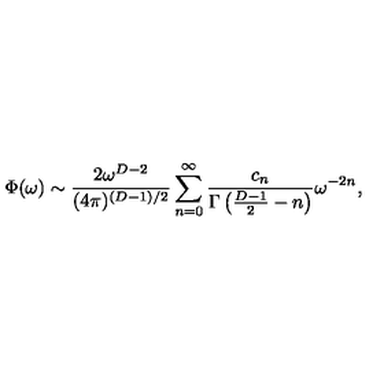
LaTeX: \Phi ( \omega ) \sim { \frac { 2 \omega ^ { D - 2 } } { ( 4 \pi ) ^ { ( D - 1 ) / 2 } } } \sum _ { n = 0 } ^ { \infty } { \frac { c _ { n } } { \Gamma \left( { \frac { D - 1 } { 2 } } - n \right) } } \omega ^ { - 2 n } ,